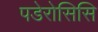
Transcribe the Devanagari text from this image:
पडेरोसिसि